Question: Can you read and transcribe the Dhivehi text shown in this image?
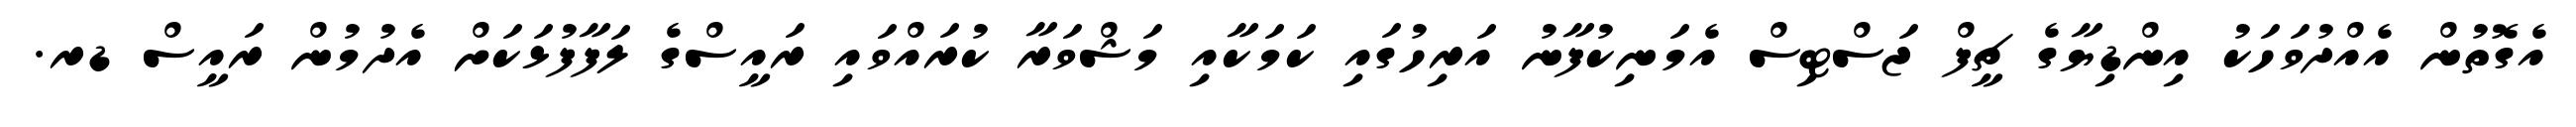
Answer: އެގޮތުން އެއްދުވަހަކު އިންޑިޔާގެ ޗީފް ޖަސްޓިސް އެމަނިކުފާނު އަރިހުގައި ކަމަކާއި މަޝްވަރާ ކުރައްވައި ރައީސްގެ ލަފާފުޅަކަށް އެދުމުން ރައީސް ޑރ.